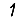
Digit: 1